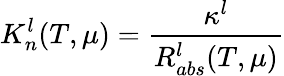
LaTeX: {K_{n}^{l}(T,\mu)=\frac{\kappa^{l}}{R_{abs}^{l}(T,\mu)}}